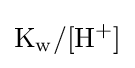
\mathrm {K_{w}/[H^{+}]}